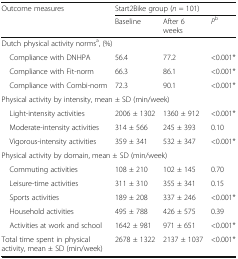
<table><thead><tr><td rowspan="2"><b>Outcome measures</b></td><td colspan="3"><b>Start2Bike group (<i>n</i> = 101)</b></td></tr><tr><td><b>Baseline</b></td><td><b>After 6 weeks</b></td><td><b><i>P</i><sup>b</sup></b></td></tr></thead><tbody><tr><td colspan="4">Dutch physical activity norms<sup>a</sup>, (%)</td></tr><tr><td> Compliance with DNHPA</td><td>56.4</td><td>77.2</td><td>&lt;0.001*</td></tr><tr><td> Compliance with Fit-norm</td><td>66.3</td><td>86.1</td><td>&lt;0.001*</td></tr><tr><td> Compliance with Combi-norm</td><td>72.3</td><td>90.1</td><td>&lt;0.001*</td></tr><tr><td colspan="4">Physical activity by intensity, mean ± SD (min/week)</td></tr><tr><td> Light-intensity activities</td><td>2006 ± 1302</td><td>1360 ± 912</td><td>&lt;0.001*</td></tr><tr><td> Moderate-intensity activities</td><td>314 ± 566</td><td>245 ± 393</td><td>0.10</td></tr><tr><td> Vigorous-intensity activities</td><td>359 ± 341</td><td>532 ± 347</td><td>&lt;0.001*</td></tr><tr><td colspan="4">Physical activity by domain, mean ± SD (min/week)</td></tr><tr><td> Commuting activities</td><td>108 ± 210</td><td>102 ± 145</td><td>0.70</td></tr><tr><td> Leisure-time activities</td><td>311 ± 310</td><td>355 ± 341</td><td>0.15</td></tr><tr><td> Sports activities</td><td>189 ± 208</td><td>337 ± 246</td><td>&lt;0.001*</td></tr><tr><td> Household activities</td><td>495 ± 788</td><td>426 ± 575</td><td>0.39</td></tr><tr><td> Activities at work and school</td><td>1642 ± 981</td><td>971 ± 651</td><td>&lt;0.001*</td></tr><tr><td>Total time spent in physical activity, mean ± SD (min/week)</td><td>2678 ± 1322</td><td>2137 ± 1037</td><td>&lt;0.001*</td></tr></tbody></table>